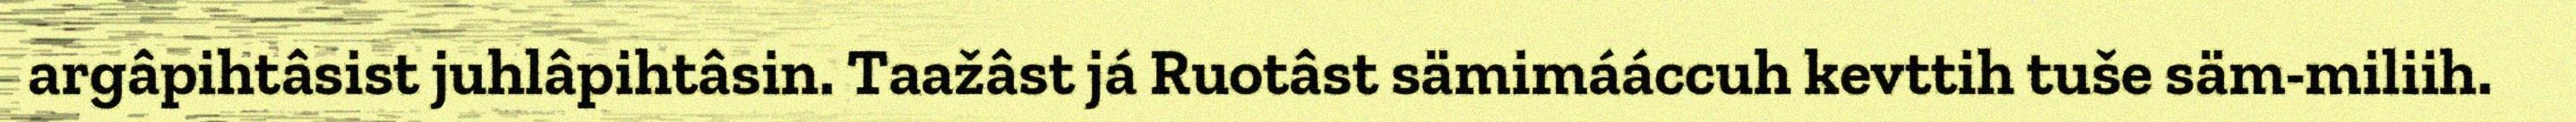
argâpihtâsist juhlâpihtâsin. Taažâst já Ruotâst sämimááccuh kevttih tuše säm-miliih.